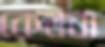
কেনবা